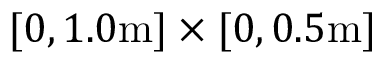
[ 0 , 1 . 0 \mathrm { m } ] \times [ 0 , 0 . 5 \mathrm { m } ]